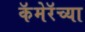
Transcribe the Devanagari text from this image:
कॅमेरॅच्या